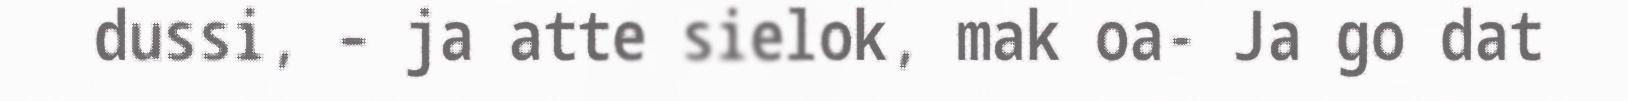
dussi, – ja atte sielok, mak oa- Ja go dat